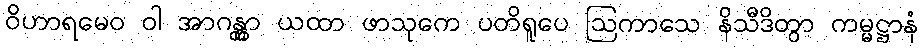
ဝိဟာရမေဝ ဝါ အာဂန္တွာ ယထာ ဖာသုကေ ပတိရူပေ ဩကာသေ နိသီဒိတွာ ကမ္မဋ္ဌာနံ